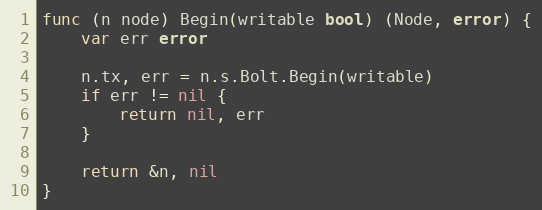
Language: Go
func (n node) Begin(writable bool) (Node, error) {
	var err error

	n.tx, err = n.s.Bolt.Begin(writable)
	if err != nil {
		return nil, err
	}

	return &n, nil
}